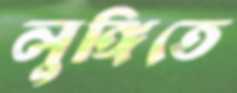
লুঙ্গিতে